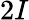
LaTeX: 2I